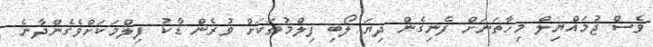
ވެސް ޖުމައްޔިލް މިހާތަނަށް ފެނިގެން ދިޔަ ލޯބި ފިލްމުތަކަށް ވުރެން ޑާކު ފިލްމަކަށްވެގެންދާނެ